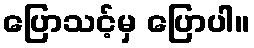
ပြောသင့်မှ ပြောပါ။